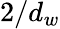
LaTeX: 2/d_{w}